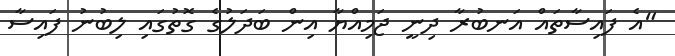
"އެ ފައިސާތައް އަނބުރާ ދިނީ ޖަމިއްޔާ އިން ބަދަލުގެ ގޮތުގައި ލިބުނު ފައިސާ